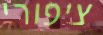
ציפורי